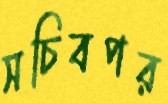
সচিবপর